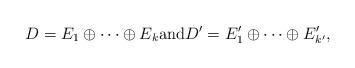
LaTeX: \begin{align*}D &= E_1 \oplus \cdots \oplus E_k \mbox{and}D' = E'_1 \oplus \cdots \oplus E'_{k'},\end{align*}